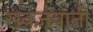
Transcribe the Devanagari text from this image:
सबज़याती